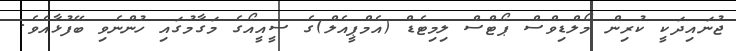
ޖުނައިދަކީ ކުރިން މޯލްޑިވްސް ޕޯޓްސް ލިމިޓެޑް (އެމްޕީއެލް)ގެ ސީއީއޯގެ މަގާމުގައި ހުންނެވި ބޭފުޅާއެވެ.